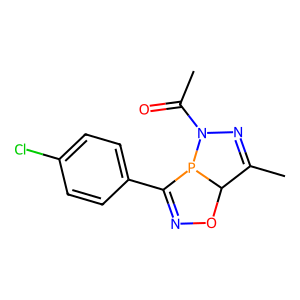
SMILES: CC(=O)N1N=C(C)C2ON=C(c3ccc(Cl)cc3)P21
Inhibits HIV replication: No